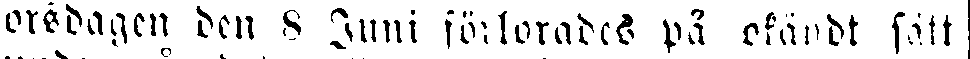
orsdagen den 8 Juni förlorades på okändt sätt